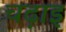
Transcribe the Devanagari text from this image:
चढ़ाइ